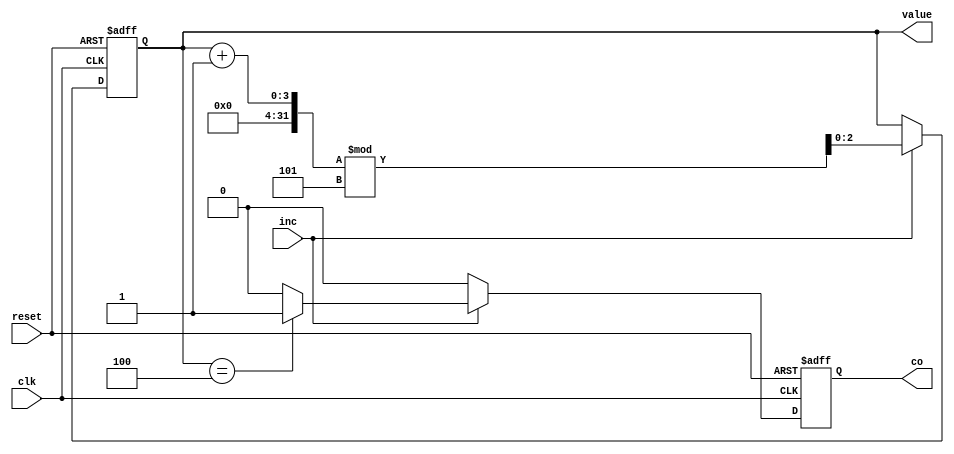

module CounterModulo5 (clk, reset, inc, value, co);
    input clk, reset, inc;
    output reg co;
    output reg [2:0] value;

    always @(posedge clk , posedge reset) begin
        co <= 1'b0;
        if (reset)
            value <= 3'd0;
        else
        if(inc) begin
            if(value == 3'd4)
                co <= 1'b1;
            value <= (value + 1) % 5;
        end
    end
endmodule